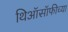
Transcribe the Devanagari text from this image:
थिऑसॉफीच्या